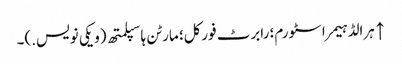
↑ ہرالڈ ہیمر اسٹورم؛ رابرٹ فورکل؛ مارٹن ہاسپلمتھ (ویکی نویس.)۔